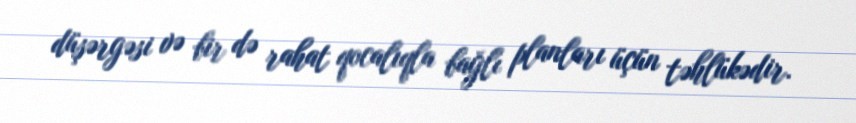
düşərgəsi və bir də rahat qocalıqla bağlı planları üçün təhlükədir.